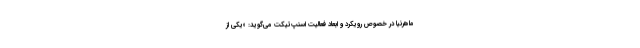
ماهرنیا در خصوص رویکرد و ابعاد فعالیت اسنپ‌تیکت می‌گوید: «یکی از